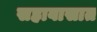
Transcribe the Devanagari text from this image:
सहावासात